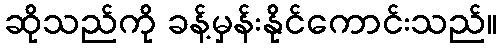
ဆိုသည်ကို ခန့်မှန်းနိုင်ကောင်းသည်။